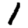
Digit: 1